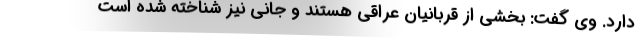
دارد. وی گفت: بخشی از قربانیان عراقی هستند و جانی نیز شناخته شده است